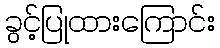
ခွင့်ပြုထားကြောင်း